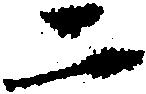
二